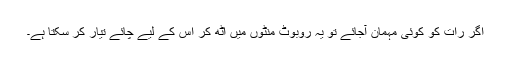
اگر رات کو کوئی مہمان آجائے تو یہ روبوٹ منٹوں میں اٹھ کر اس کے لیے چائے تیار کر سکتا ہے۔